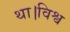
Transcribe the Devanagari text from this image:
था।विश्व